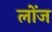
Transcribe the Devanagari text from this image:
लोंज